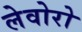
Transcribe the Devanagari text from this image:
लेवोरो